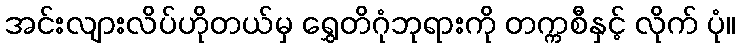
အင်းလျားလိပ်ဟိုတယ်မှ ရွှေတိဂုံဘုရားကို တက္ကစီနှင့် လိုက် ပုံ။